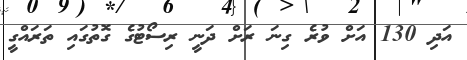
އަދި 130 އަށް ވުރެ ގިނަ ރަށް ދަނީ ރިސޯޓުގެ ގޮތުގައި ތަރައްގީ